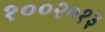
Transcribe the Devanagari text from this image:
१००२०१३